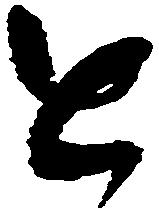
進